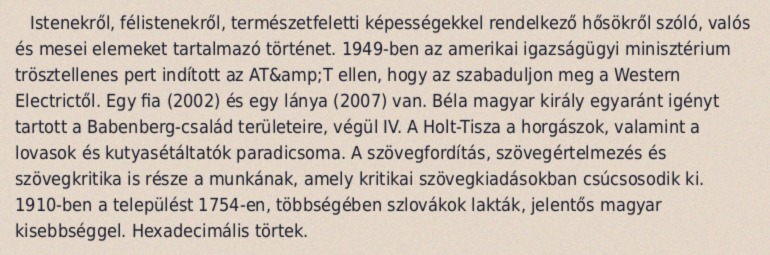
Istenekről, félistenekről, természetfeletti képességekkel rendelkező hősökről szóló, valós és mesei elemeket tartalmazó történet. 1949-ben az amerikai igazságügyi minisztérium trösztellenes pert indított az AT&amp;T ellen, hogy az szabaduljon meg a Western Electrictől. Egy fia (2002) és egy lánya (2007) van. Béla magyar király egyaránt igényt tartott a Babenberg-család területeire, végül IV. A Holt-Tisza a horgászok, valamint a lovasok és kutyasétáltatók paradicsoma. A szövegfordítás, szövegértelmezés és szövegkritika is része a munkának, amely kritikai szövegkiadásokban csúcsosodik ki. 1910-ben a települést 1754-en, többségében szlovákok lakták, jelentős magyar kisebbséggel. Hexadecimális törtek.